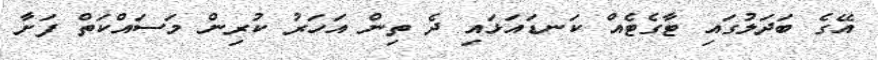
އޭގެ ބަދަލުގައި ޓާގެޓެއް ކަނޑައަޅައި ދެ ތިން އަހަރު ކުރިން މަސައްކަތް ފަށާ